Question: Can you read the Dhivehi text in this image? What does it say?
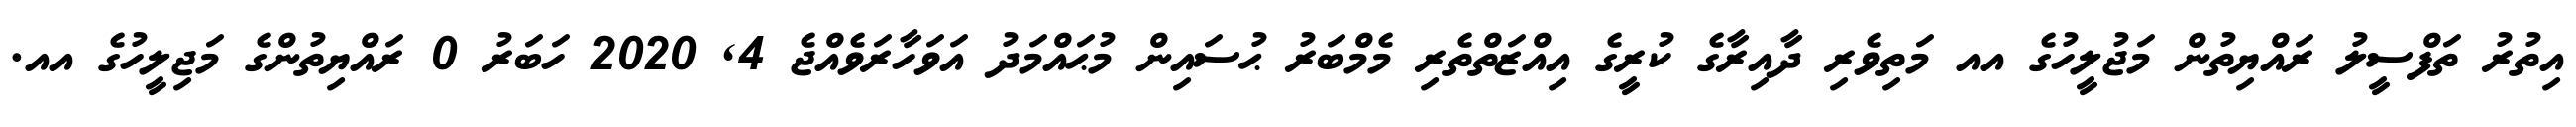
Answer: އިތުރު ތަފްސީލު ރައްޔިތުން މަޖުލީހުގެ އއ މަތިވެރި ދާއިރާގެ ކުރީގެ އިއްޒަތްތެރި މެމްބަރު ޙުސައިން މުޙައްމަދު އަވަހާރަވެއްޖެ 4, 2020 ހަބަރު 0 ރައްޔިތުންގެ މަޖިލީހުގެ އއ.